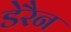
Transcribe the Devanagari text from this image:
डेरैन